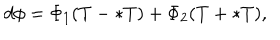
LaTeX: d \phi = \Phi _ { 1 } ( T - \ast T ) + \Phi _ { 2 } ( T + \ast T ) ,